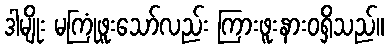
ဒါမျိုး မကြုံဖူးသော်လည်း ကြားဖူးနားဝရှိသည်။